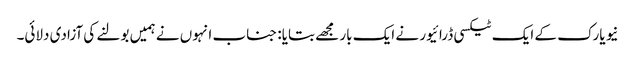
نیو یارک کے ایک ٹیکسی ڈرائیور نے ایک بار مجھے بتایا: جناب انہوں نے ہمیں بولنے کی آزادی دلائی۔